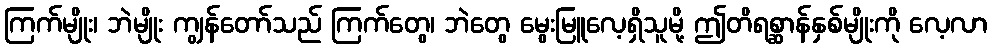
ကြက်မျိုး၊ ဘဲမျိုး ကျွန်တော်သည် ကြက်တွေ၊ ဘဲတွေ မွေးမြူလေ့ရှိသူမို့ ဤတိရစ္ဆာန်နှစ်မျိုးကို လေ့လာ